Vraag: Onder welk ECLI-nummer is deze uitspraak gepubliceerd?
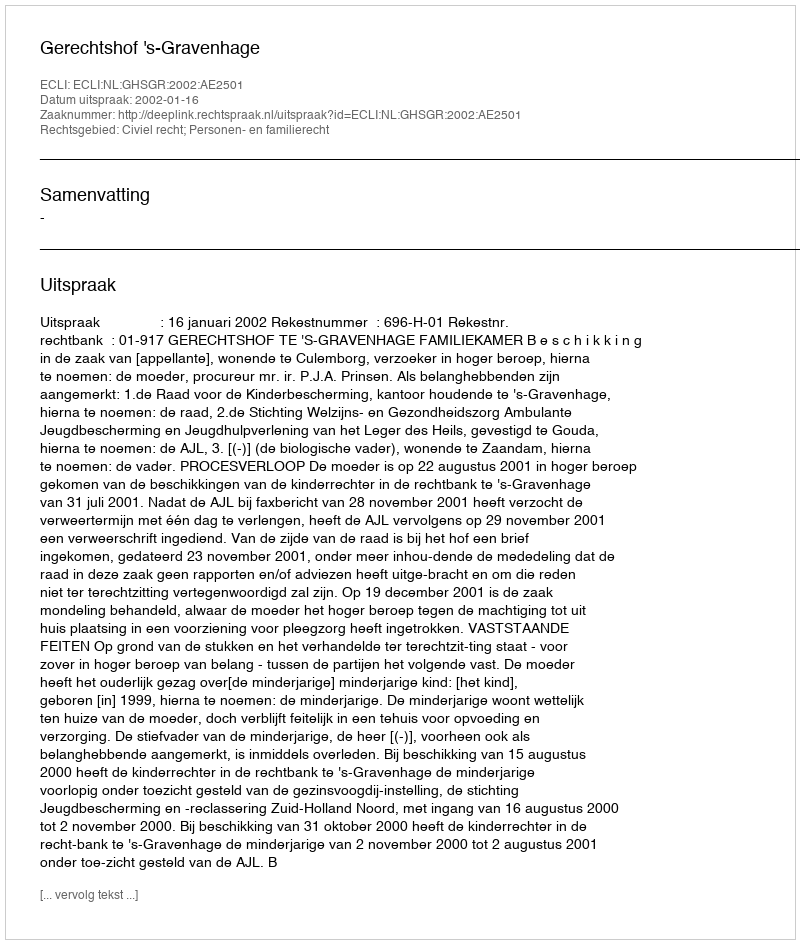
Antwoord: ECLI:NL:GHSGR:2002:AE2501